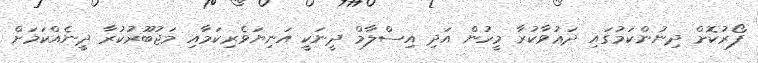
ފޯރުކޮށް ދިނުންކަމުގައި ދަޢުވާކުރާ މީހުން އަދި އިސްލާމް ދީނަކީ އަނިޔަވެރިކަމާއި މަޖުބޫރުކުރާ ދީނެއްކަމަށް